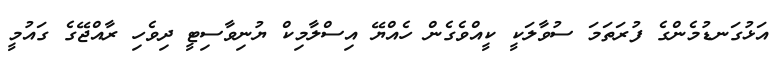
އަޅުގަނޑުމެންގެ ފުރަތަމަ ސުވާލަކީ ކީއްވެގެން ހެއްޔޭ އިސްލާމިކް ޔުނިވާސިޓީ ދިވެހި ރާއްޖޭގެ ގައުމީ